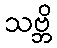
သဗ္ဘိ